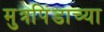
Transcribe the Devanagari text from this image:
मुत्रपिंडाच्या